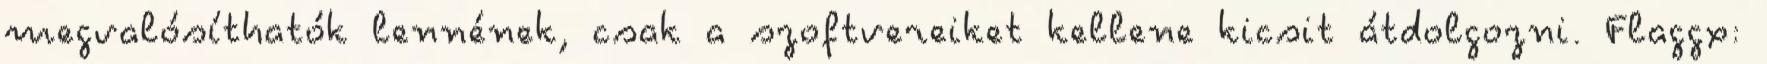
megvalósíthatók lennének, csak a szoftvereiket kellene kicsit átdolgozni. Flaggx: